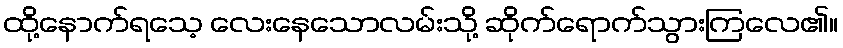
ထို့နောက်ရသေ့ လေးနေသောလမ်းသို့ ဆိုက်ရောက်သွားကြလေ၏။